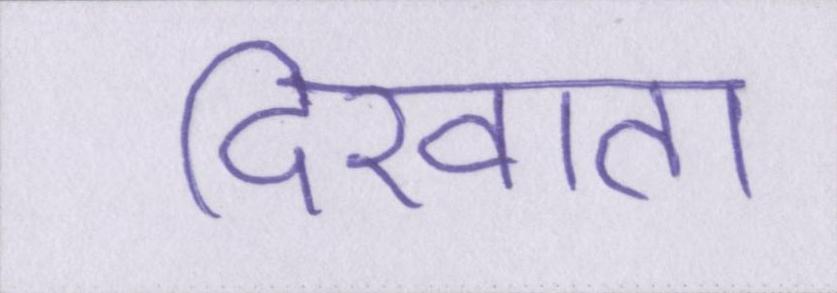
दिखाता